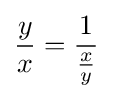
{\frac {y}{x}}={\frac {1}{\frac {x}{y}}}